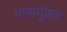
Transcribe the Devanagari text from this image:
बाणपुंखा